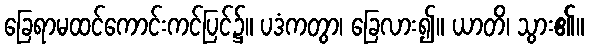
ခြေရာမထင်ကောင်းကင်ပြင်၌။ ပဒံကတွာ၊ ခြေလား၍။ ယာတိ၊ သွား၏။